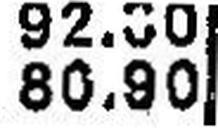
80.90